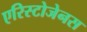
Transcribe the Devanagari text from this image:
एरिस्टोजेनस